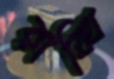
রাব্বি